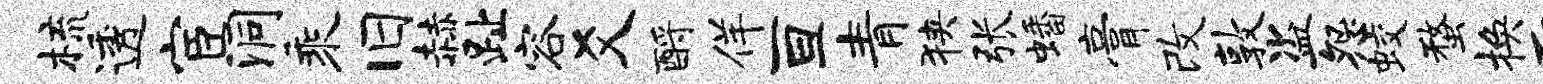
梳透宦洞乘旧赫趾容爻酹佯亘青狭张蟠膏改敦盗怨蛟蝥换而